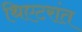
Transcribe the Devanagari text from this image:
थिएटरांत